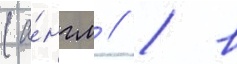
(а́нгл // / в